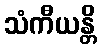
သံကီယန္တိ